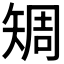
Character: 𥏨